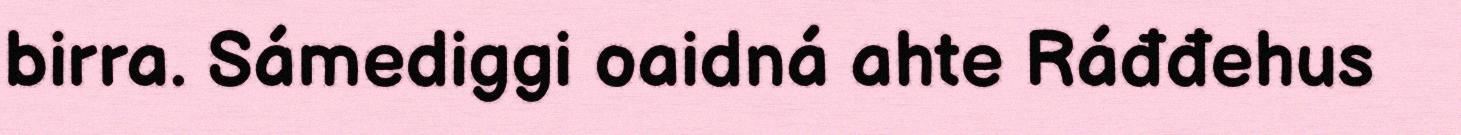
birra. Sámediggi oaidná ahte Ráđđehus